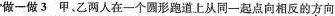
做一做3 甲、乙两人在一个圆形跑道上从同一起点向相反的方向